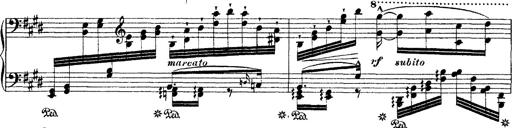
Title: Ã‰tudes d'exÃ©cution transcendante d'aprÃ¨s Paganini
Composer: Franz Liszt